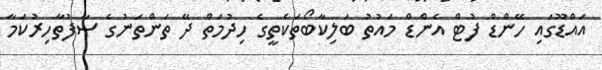
އައްޑޫގައި ހޭންޑް ފުޓް އެންޑް މައުތު ބަލިކާބޯތަކެތީގެ ހިދުމަތް ދޭ ތަންތަނުގެ ސާފުތާހިރުކަމާ